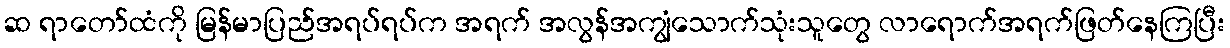
ဆ ရာတော်ထံကို မြန်မာပြည်အရပ်ရပ်က အရက် အလွန်အကျွံသောက်သုံးသူတွေ လာရောက်အရက်ဖြတ်နေကြပြီး